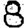
Digit: 8